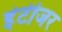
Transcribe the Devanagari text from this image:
इंटीजर